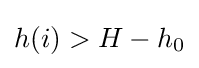
h(i)>H-h_{0}